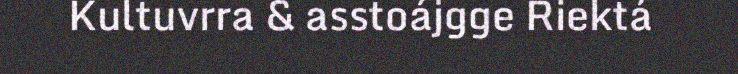
Kultuvrra & asstoájgge Riektá